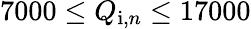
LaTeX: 7000\leq Q_{\mathrm{i},n}\leq 17000